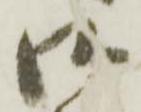
御